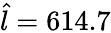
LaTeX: \hat{l}=614.7